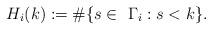
LaTeX: \begin{align*}H_i(k) := \#\{ s \in \ \Gamma_i : s < k \}. \end{align*}